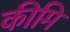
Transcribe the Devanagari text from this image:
कीमि